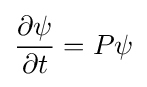
{\frac {\partial \psi }{\partial t}}=P\psi